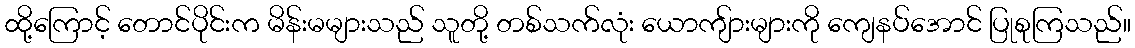
ထို့ကြောင့် တောင်ပိုင်းက မိန်းမများသည် သူတို့ တစ်သက်လုံး ယောကျ်ားများကို ကျေနပ်အောင် ပြုစုကြသည်။